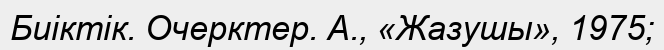
Биіктік. Очерктер. А., «Жазушы», 1975;